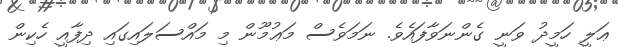
ޢަލީ ހަމީދު ވަނީ ގެންނަވާފައެވެ. ނަމަވެސް މަޢުމޫން މި މައްސަލައިގައި ދިފާއީ ހެކިން